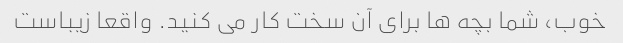
خوب، شما بچه ها برای آن سخت کار می کنید. واقعا زیباست